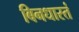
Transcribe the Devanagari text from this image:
बिनधास्तं